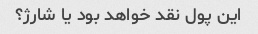
این پول نقد خواهد بود یا شارژ؟